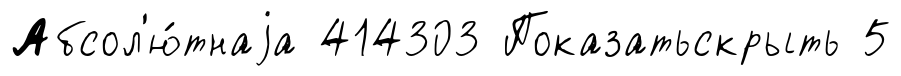
Абсол'ю́тнаjа 414303 Показатьскрыть 5